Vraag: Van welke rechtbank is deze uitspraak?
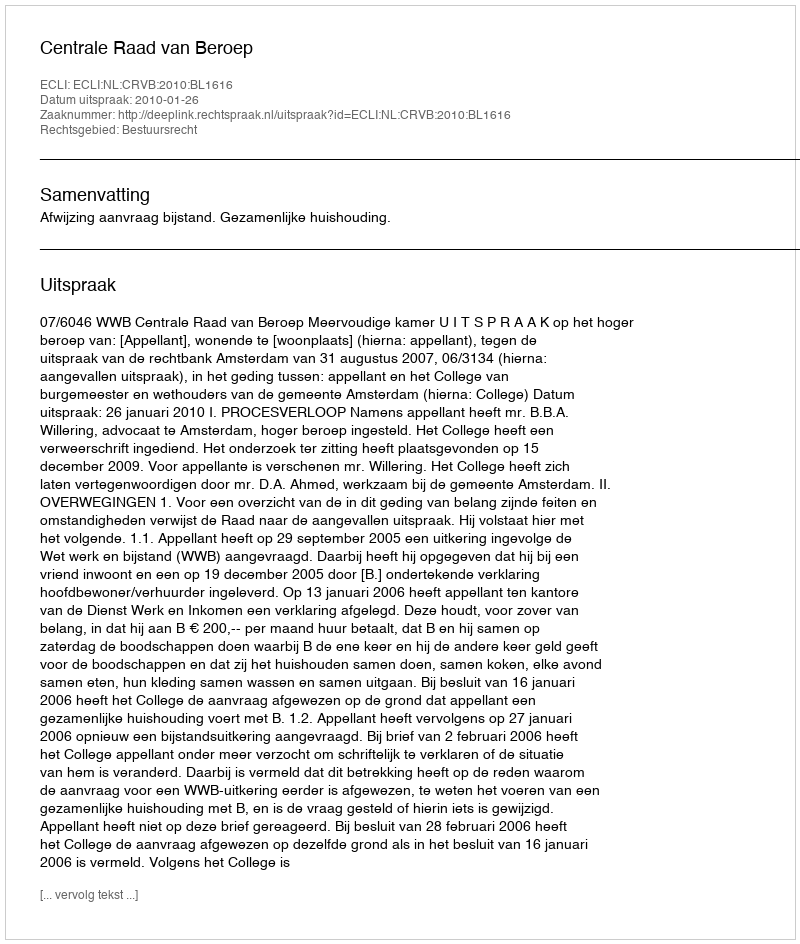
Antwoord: Centrale Raad van Beroep